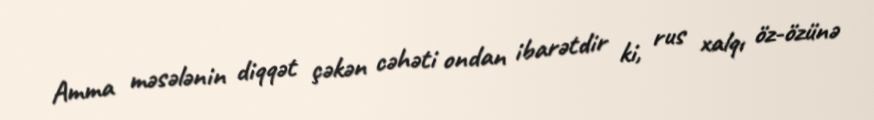
Amma məsələnin diqqət çəkən cəhəti ondan ibarətdir ki, rus xalqı öz-özünə